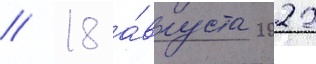
// 18 а́вгуста 2022